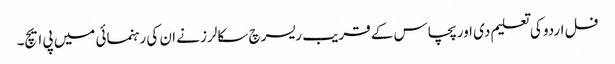
فل اردو کی تعلیم دی اور پچاس کے قریب ریسرچ سکالرز نے ان کی رہنمائی میں پی ایچ۔